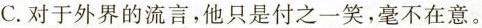
C.对于外界的流言，他只是付之一笑，毫不在意。